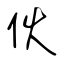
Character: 伙